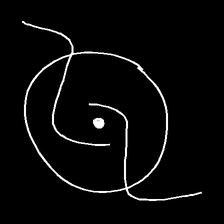
Glyph: repetition